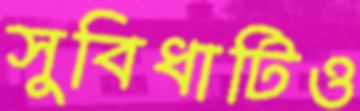
সুবিধাটিও